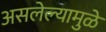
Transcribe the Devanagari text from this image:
असलेल्यामुळे